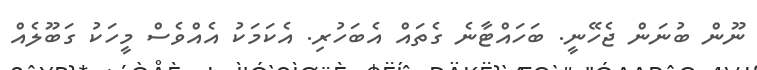
ނޫން ބުނަން ޖެހޭނީ. ބަހައްޓާނެ ގެތައް އެބަހުރި. އެކަމަކު އެއްވެސް މީހަކު ގަބޫލެއް